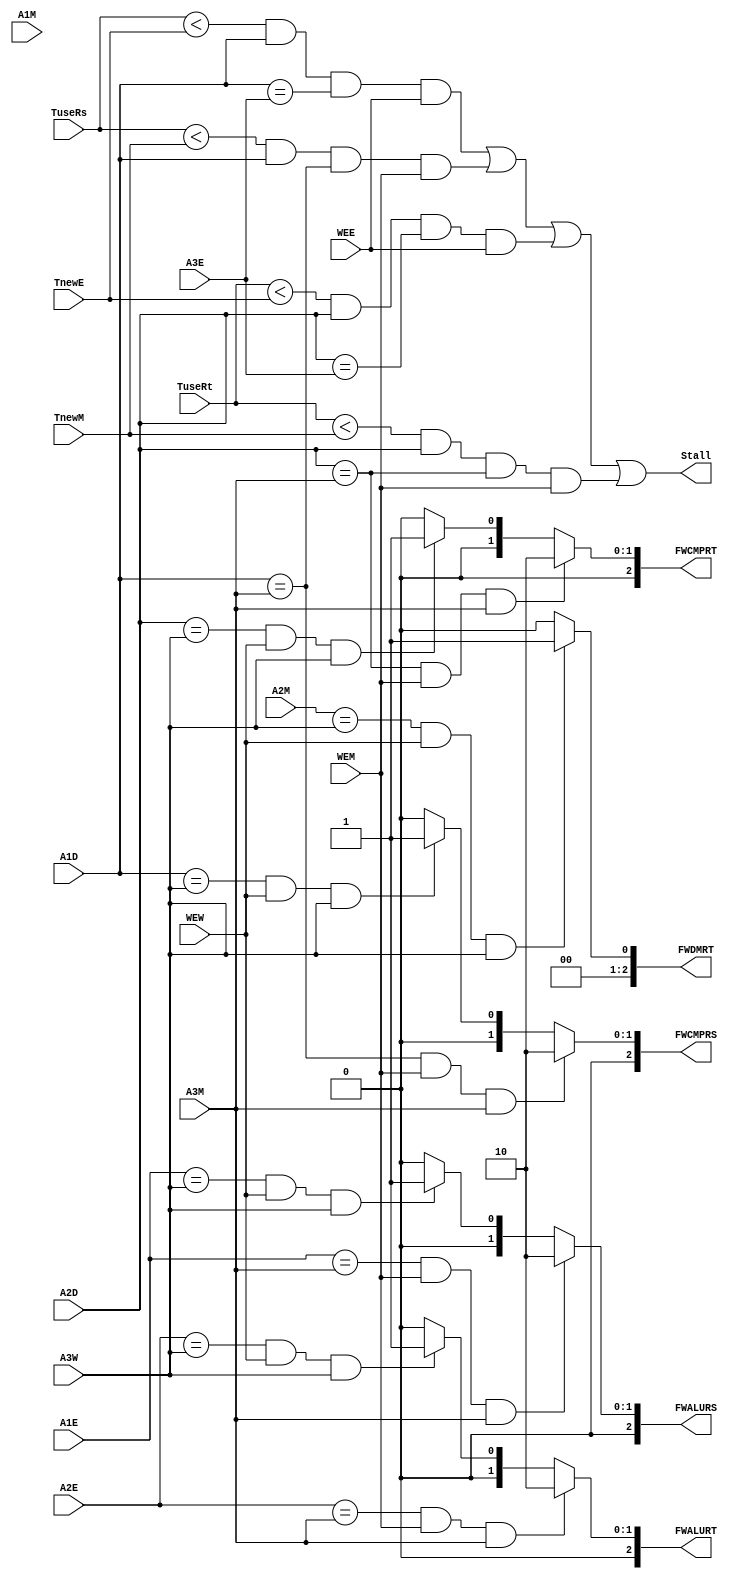
`timescale 1ns / 1ps
`define CMPFROMM 2
`define CMPFROMW 1
`define CMPFROMD 0
`define ALUFROMM 2
`define ALUFROMW 1
`define ALUFROME 0



module FWandSCTRL(
    input [4:0] A1D,
    input [4:0] A2D,
    input [4:0] A1E,
    input [4:0] A2E,
    input [4:0] A1M,
    input [4:0] A2M,
    input [4:0] A3E,
    input [4:0] A3M,
    input [4:0] A3W,
    input WEE, 
    input WEM,
    input WEW,
    input [2:0] TuseRs,
    input [2:0] TuseRt,
    input [2:0] TnewE,
    input [2:0] TnewM,
    output [2:0] FWCMPRS,
    output [2:0] FWCMPRT,
    output [2:0] FWALURS,
    output [2:0] FWALURT,
    output [2:0] FWDMRT,
    output Stall 
    );
	// FW
    //FWCMP
    assign FWCMPRS = (A1D==A3M && WEM && A3M)?`CMPFROMM:
                     (A1D==A3W && WEW && A3W)?`CMPFROMW:`CMPFROMD; 

    assign FWCMPRT = (A2D==A3M && WEM && A3M)?`CMPFROMM:
                     (A2D==A3W && WEW && A3W)?`CMPFROMW:`CMPFROMD;

    //FWALURS
    assign FWALURS = (A1E==A3M && WEM && A3M)?`ALUFROMM:
                     (A1E==A3W && WEW && A3W)?`ALUFROMW:`ALUFROME;

    assign FWALURT = (A2E==A3M && WEM && A3M)?`ALUFROMM:
                     (A2E==A3W && WEW && A3W)?`ALUFROMW:`ALUFROME; 

    //FWDMRT
    assign FWDMRT = (A2M==A3W && WEW && A3W)?1:0;    


    //Stall
    wire StallRsE,StallRsM,StallRtE,StallRtM;
    assign StallRsE = (TuseRs<TnewE) && (A1D) && (A1D==A3E) &&WEE;
    assign StallRsM = (TuseRs<TnewM) && (A1D) && (A1D==A3M) && WEM;
    assign StallRtE = (TuseRt<TnewE) && (A2D) && (A2D==A3E) && WEE;
    assign StallRtM = (TuseRt<TnewM) && (A2D) && (A2D==A3M) && WEM;
    assign Stall = StallRsE|StallRsM|StallRtE|StallRtM;

endmodule